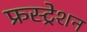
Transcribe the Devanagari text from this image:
फ्रस्ट्रेशन